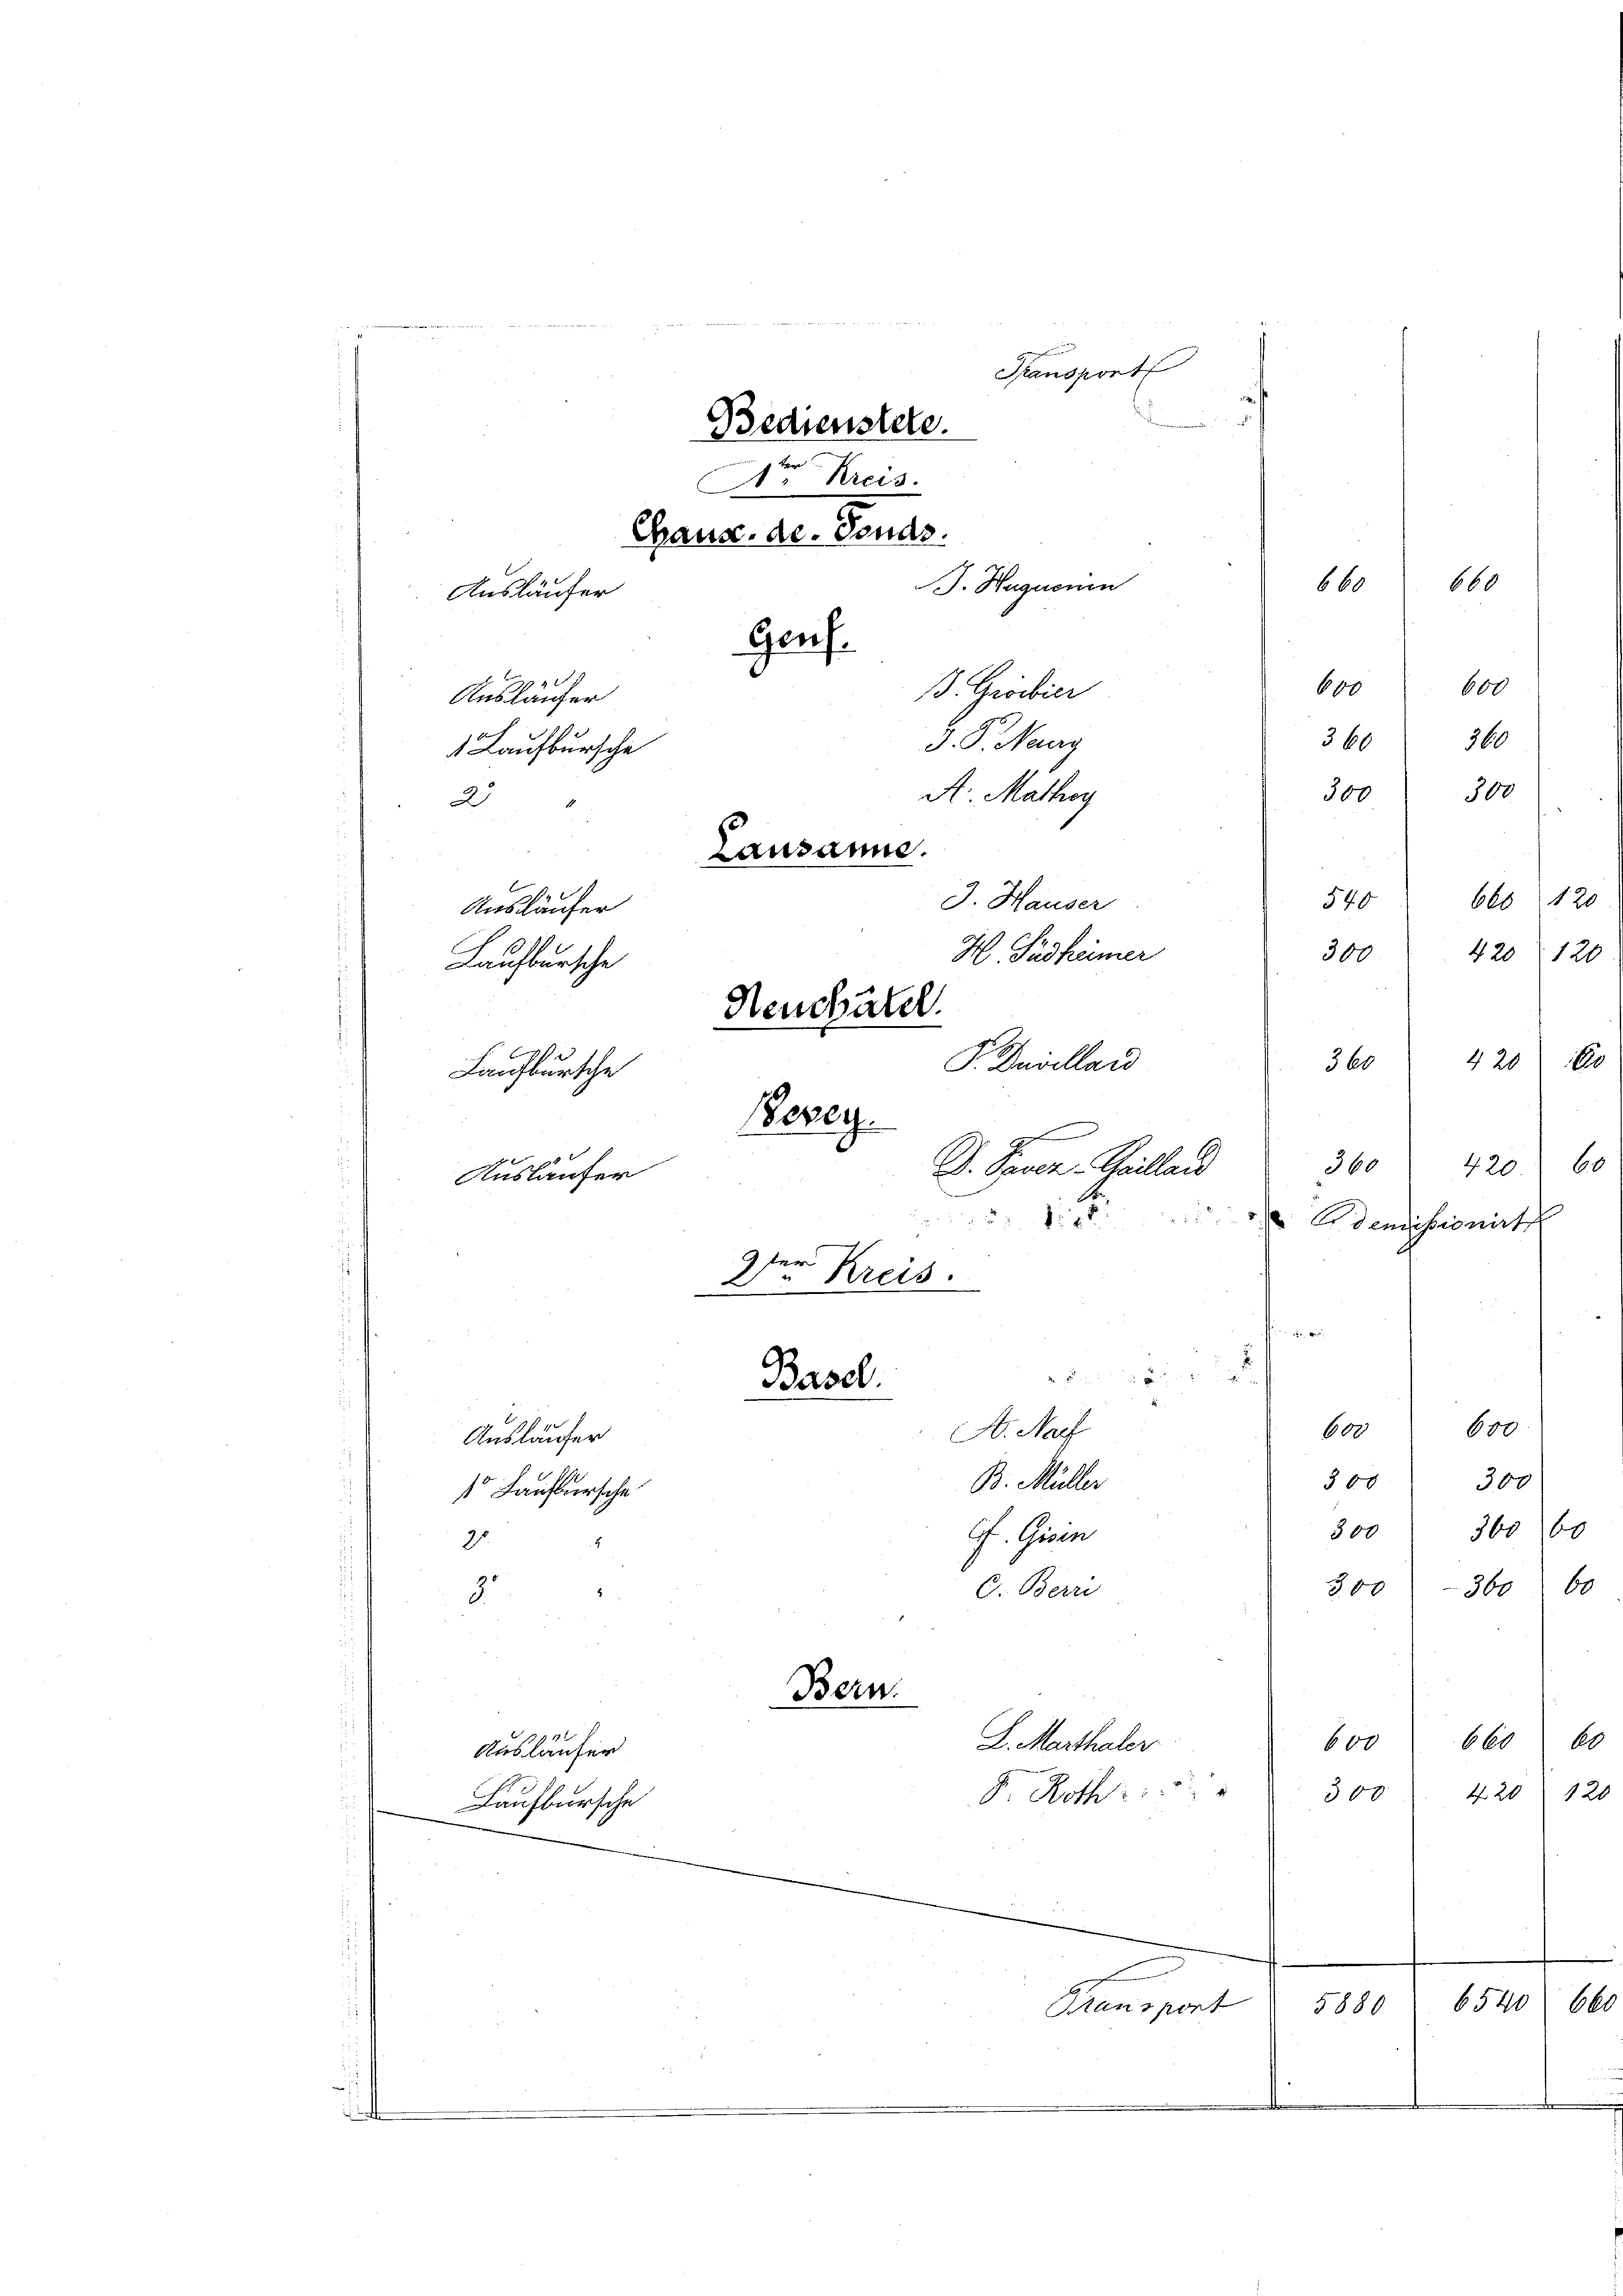
Transport
Bedienstere.
r Kreis.
Gaus. de. Fonds.
660
Genf.
600
66
360
J. P. Neug
30
A. Mathig
Lausanne.
54.
J. Hauser
300
H. Südhümer
Neuchatel
368
P. Duvilland
Laufbursche
Perey.
36.
D. Gener Spilland
Ausläufer
 5
1
 Aidemis
9 für
" Kreis.

.
4
Basel.
80
600
A. Nac
Ausläufer
300
300
B. Müller

Ausläufer
1 Laufbursche
2
Ausläufer
Laufbursche

4
Auslaufer

Lausbursche

2.
g.
Ausläufer
Laufbursche

Bern.
L. Marthaler

J. Huguenin
B. Grobier

G. Gener
C. Berr

300
300-360. 60
60
660
600
4 20 120
300
F. Roth
654
6
5880
Mansport

2

360 160